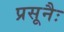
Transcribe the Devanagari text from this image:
प्रसूनैः